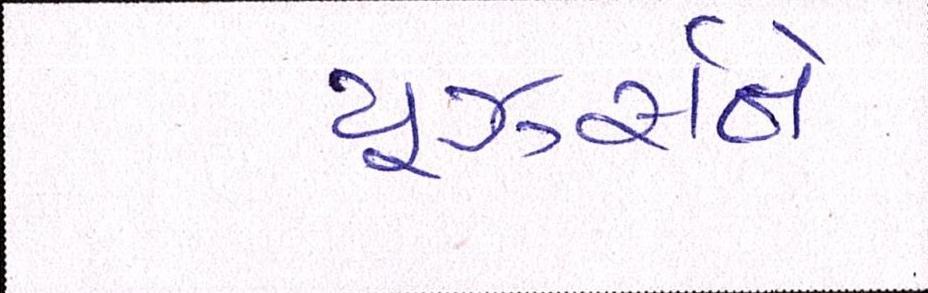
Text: યૂઝર્સને